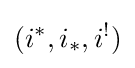
(i^{*},i_{*},i^{!})